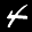
Label: 4